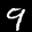
Label: 9